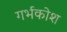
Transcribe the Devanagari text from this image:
गर्भकोश